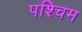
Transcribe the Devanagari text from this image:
पश्चिम